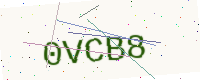
Text: 0VCB8